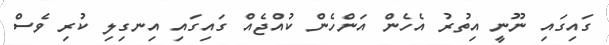
ގައިގައި ނޫނީ އިތުރު އެހެން އަންހެން ކުއްޖެއް ގައިގައި އިނގިލި ކުރި ވެސް